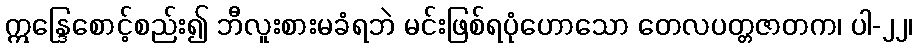
ဣန္ဒြေစောင့်စည်း၍ ဘီလူးစားမခံရဘဲ မင်းဖြစ်ရပုံဟောသော တေလပတ္တဇာတက၊ ပါ-၂၂၊